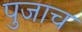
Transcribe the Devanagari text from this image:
पुजाच